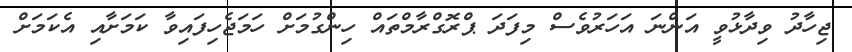
ޖިހާދު ވިދާޅުވީ އަންނަ އަހަރުވެސް މިފަދަ ޕްރޮގްރާމްތައް ހިންގުމަށް ހަމަޖެހިފައިވާ ކަމަށާއި އެކަމަށް